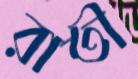
রাতী